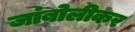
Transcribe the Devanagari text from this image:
जांबोलीकर